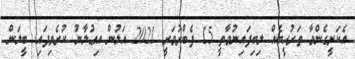
އެކަށީގެންވާ ތަރުޙީބެއް ލިބިފައިނުވާތީ 15 ފެބްރުވަރީ 2021 އަލުން އިޢުލާނު ކުރެވިފައި. ބީލަން